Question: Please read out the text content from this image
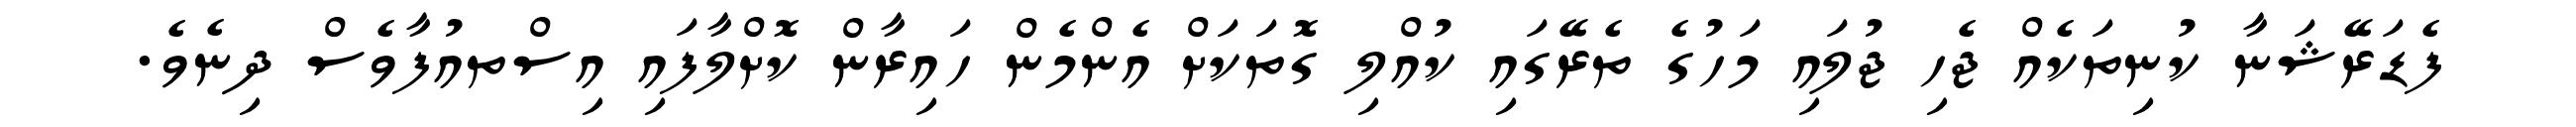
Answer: ފެޑަރޭޝަނާ ކުނިތަކެއް ޖެހި ޖުލައި މަހުގެ ތެރޭގައި ކުއްލި ގޮތަކަށް އެންމެން ހައިރާން ކޮށްލާފައި އިސްތއުފާވެސް ދިނެވެ.